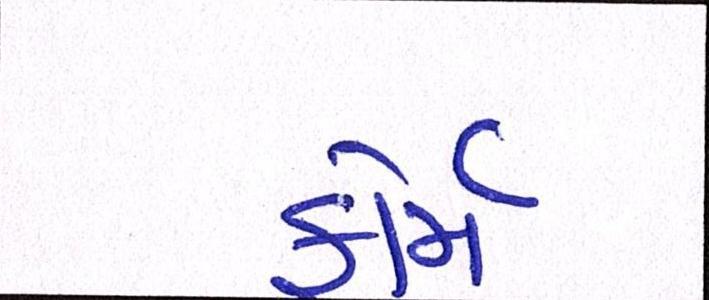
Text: ફોર્મ